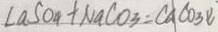
C a S O _ { 4 } + N a C O _ { 3 } = C A C O _ { 3 } \downarrow